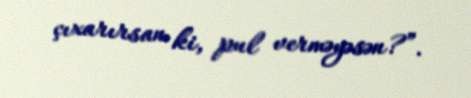
çıxarırsan ki, pul verməyəsən?”.